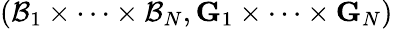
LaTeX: (\mathcal{B}_{1}\times\cdots\times\mathcal{B}_{N},\mathbf{G}_{1}\times\cdots\times\mathbf{G}_{N})